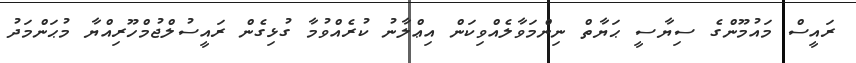
ރައީސް މައުމޫންގެ ސިޔާސީ ޙަޔާތް ނިންމަވާލެއްވިކަން އިޢްލާނު ކުރެއްވުމާ ގުޅިގެން ރައީސުލްޖުމްހޫރިއްޔާ މުޙަންމަދު